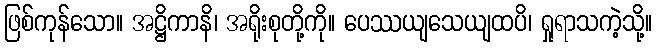
ဖြစ်ကုန်သော။ အဋ္ဌိကာနိ၊ အရိုးစုတို့ကို။ ပေဿယျသေယျထပိ၊ ရှုရာသကဲ့သို့။